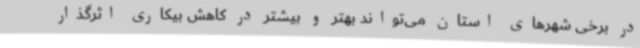
در برخی شهرهای استان می‌تواند بهتر و بیشتر در کاهش بیکاری اثرگذار